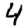
Digit: 4